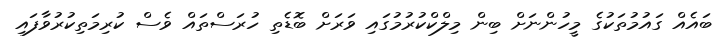
ބައެއް ގައުމުތަކުގެ މީހުންނަށް ބިން މިލްކްކުރުމުގައި ވަރަށް ބޮޑެތި ހުރަސްތައް ވެސް ކުރިމަތިކުރުވާފައި